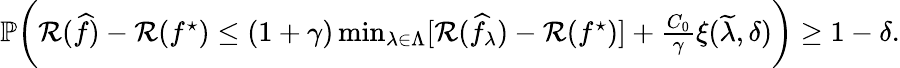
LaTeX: \begin{array}{r}{\mathbb{P}\bigg(\mathcal{R}(\widehat{f})-\mathcal{R}(f^{\star})\leq(1+\gamma)\operatorname*{min}_{\lambda\in\Lambda}[\mathcal{R}(\widehat{f}_{\lambda})-\mathcal{R}(f^{\star})]+\frac{C_{0}}{\gamma}\xi(\widetilde{\lambda},\delta)\bigg)\geq 1-\delta.}\end{array}